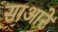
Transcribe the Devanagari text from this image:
साआरे